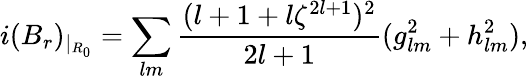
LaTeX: i(B_{r})_{|_{R_{0}}}=\sum_{lm}\frac{(l+1+l\zeta^{2l+1})^{2}}{2l+1}(g_{lm}^{2}+h_{lm}^{2}),